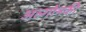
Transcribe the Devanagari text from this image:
अल्गोनकी